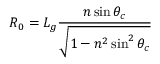
R _ { 0 } = L _ { g } \frac { n \sin \theta _ { c } } { \sqrt { 1 - n ^ { 2 } \sin ^ { 2 } \theta _ { c } } }